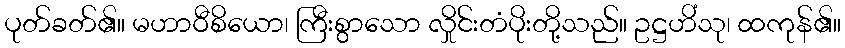
ပုတ်ခတ်၏။ မဟာဝီစိယော၊ ကြီးစွာသော လှိုင်းတံပိုးတို့သည်။ ဥဋ္ဌဟိံသု၊ ထကုန်၏။